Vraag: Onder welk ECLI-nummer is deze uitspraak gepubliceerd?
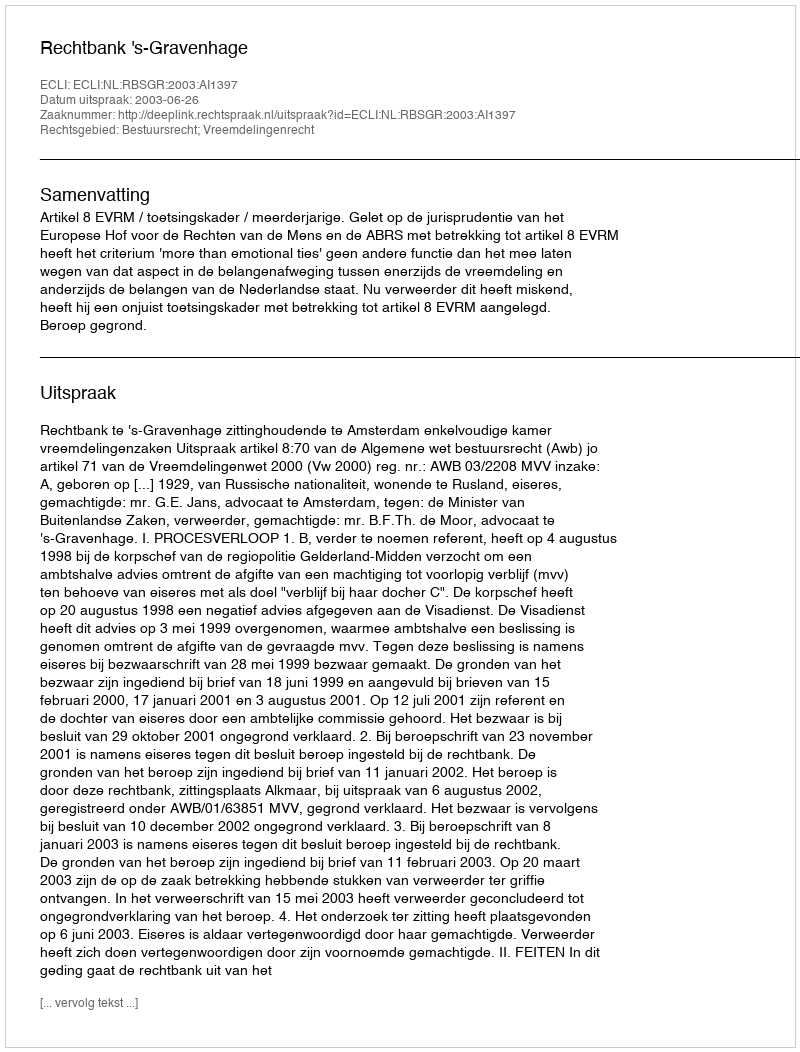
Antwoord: ECLI:NL:RBSGR:2003:AI1397